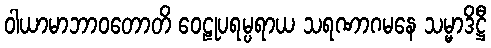
ဝါယာမာဘာဝတောတိ ဝေဠုပရမ္ပရာယ သရဏာဂမနေ သမ္မာဒိဋ္ဌီ